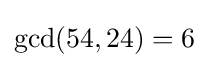
\gcd(54,24)=6